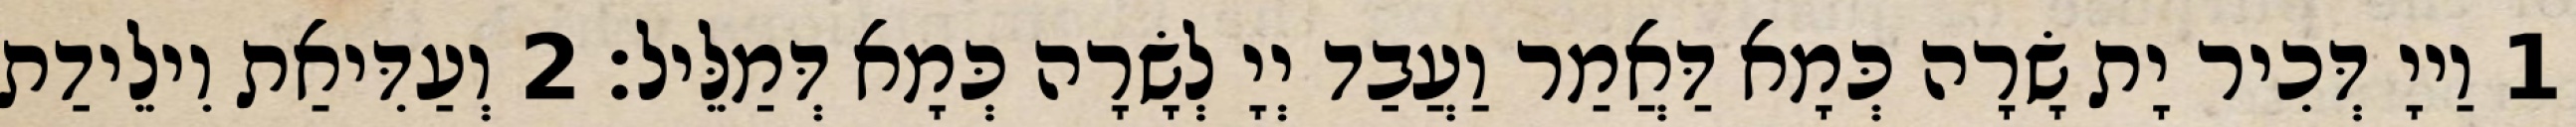
1 וַייָ דְּכִיר יָת שָׂרָה כְּמָא דַּאֲמַר וַעֲבַד יְיָ לְשָׂרָה כְּמָא דְּמַלֵּיל׃ 2 וְעַדִּיאַת וִילֵידַת